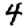
Digit: 4